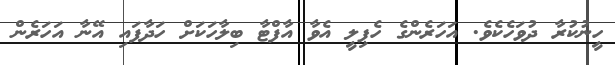
ހީނުކުރާ ދުވަހެކެވެ. އަހަރެންގެ ހެޕިލީ އެވާ އާފްޓާ ބިލާހަކަށް ހަދާފައި އޭނާ އަހަރެން